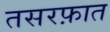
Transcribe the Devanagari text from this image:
तसरफ़ात